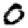
Digit: 0